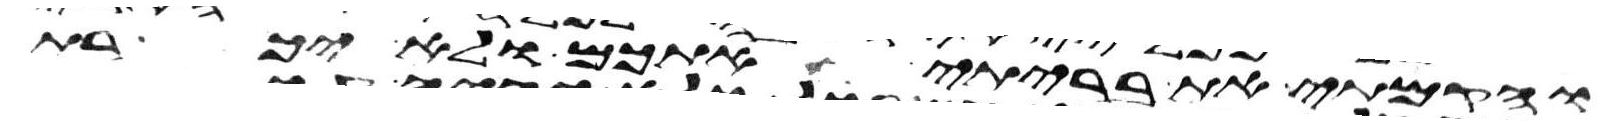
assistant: והקמתי את בריתי אתכם ולא יכרת